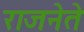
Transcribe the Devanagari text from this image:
राजनेते